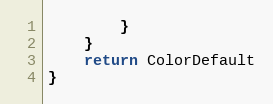
Language: Go
		}
	}
	return ColorDefault
}